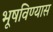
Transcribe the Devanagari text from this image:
भूषविण्यास